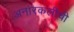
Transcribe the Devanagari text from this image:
अनारकलीची